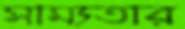
সাম্যতার